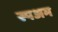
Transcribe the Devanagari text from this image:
स्पअम